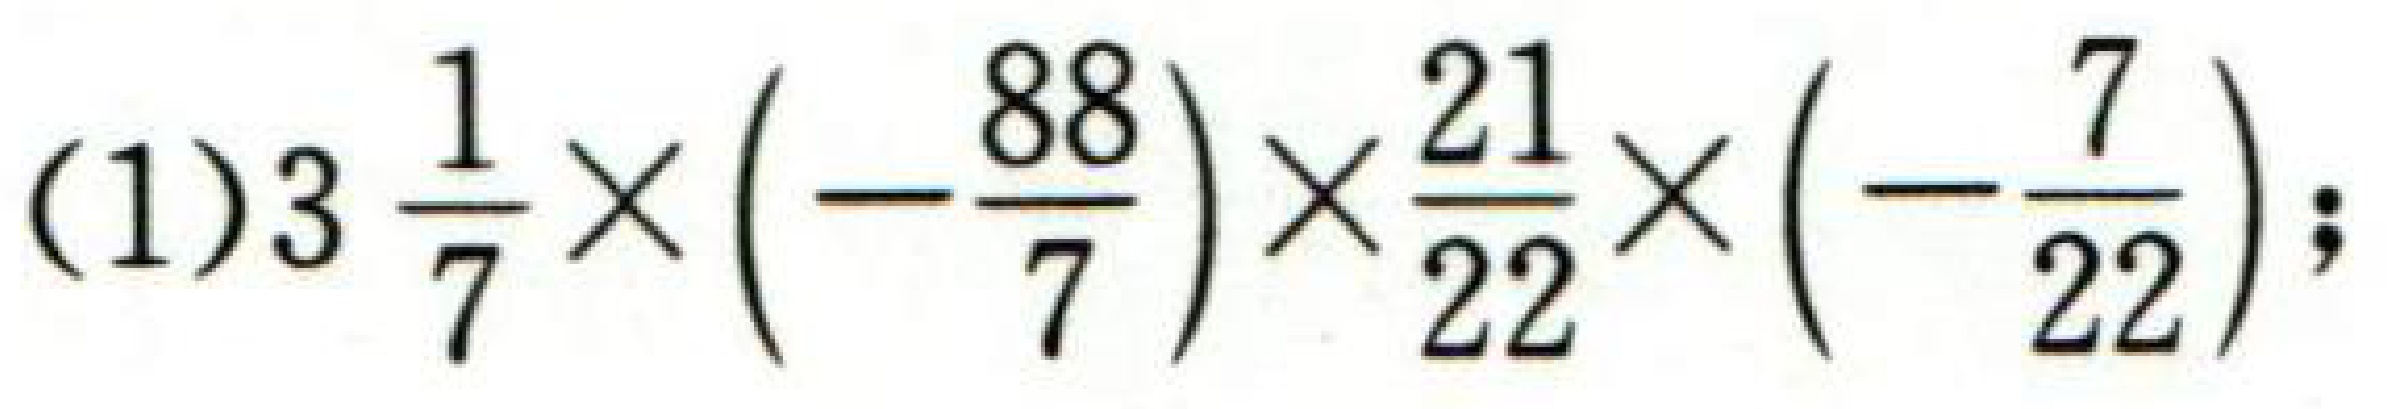
(1)\(3\frac{1}{7}\times\left(-\frac{88}{7}\right)\times\frac{21}{22}\times\left(-\frac{7}{22}\right)\);